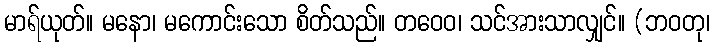
မာရ်ယုတ်။ မနော၊ မကောင်းသော စိတ်သည်။ တဝေဝ၊ သင်အားသာလျှင်။ (ဘဝတု၊